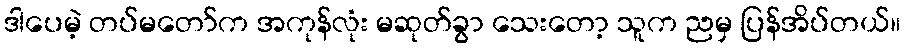
ဒါပေမဲ့ တပ်မတော်က အကုန်လုံး မဆုတ်ခွာ သေးတော့ သူက ညမှ ပြန်အိပ်တယ်။